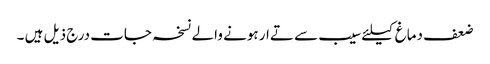
ضعف دماغ کیلئے سیب سے تےار ہونے والے نسخہ جات درج ذیل ہیں ۔